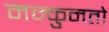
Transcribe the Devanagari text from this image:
मन्कुनतो